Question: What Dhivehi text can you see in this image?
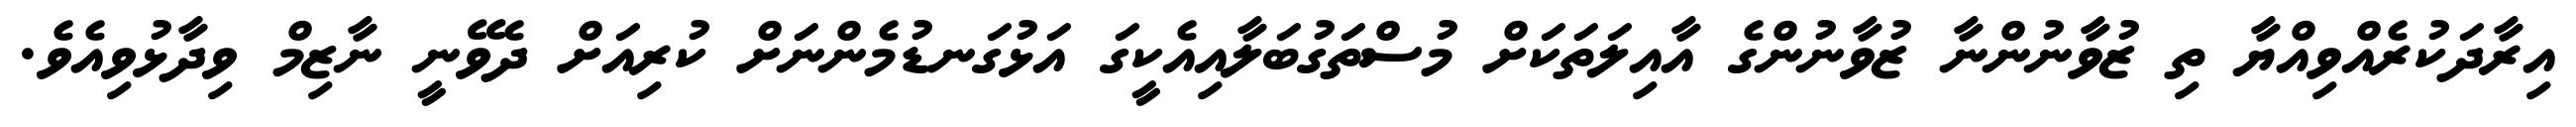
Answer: އިރާދަކުރެއްވިއްޔާ ތި ޒުވާނުންނާ ޒުވާނުންގެ އާއިލަތަކަށް މުސްތަގުބަލާއިއެކީގަ އަޅުގަނޑުމެންނަށް ކުރިއަށް ދެވޭނީ ނާޒިމް ވިދާޅުވިއެވެ.